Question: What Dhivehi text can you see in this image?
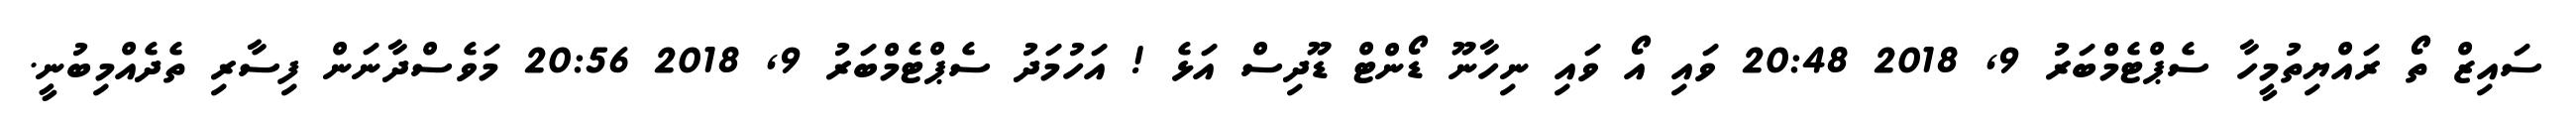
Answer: ސައިޒް ތޯ ރައްޔިތުމީހާ ސެޕްޓެމްބަރު 9, 2018 20:48 ވައި އޯ ވައި ނިހާނޫ ޑޯންޓް ޑޫދިސް އަޅެ ! އަހުމަދު ސެޕްޓެމްބަރު 9, 2018 20:56 މަވެސްދާނަން ފިސާރި ތެދެއްމިބުނީ.